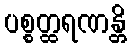
ပစ္စတ္ထရဏန္တိ